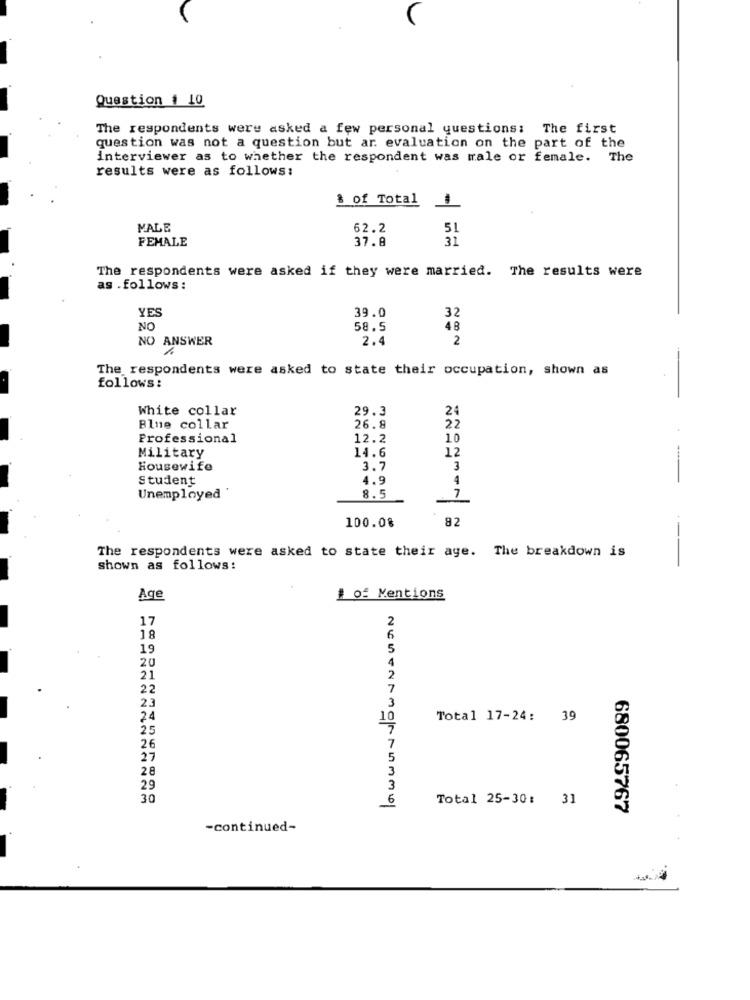
Question # 10
The respondents were asked a few personal questions: The first
question was not a question but ar evaluation on the part of the
interviewer as to whether the respondent was male or female. The
results were as follows:
& of Total
1
MALE
62.2
51
FEMALE
37.8
31
The respondents were asked if they were married. The results were
as .follows :
YES
39.0
32
NO
58.5
1 8
NO ANSWER
2.4
2
The respondents were asked to state their occupation, shown as
follows:
White collar
29.3
24
Blue collar
26.8
22
Professional
12.2
10
Military
14.6
12
Housewife
3.7
3
Student
4.9
4
-
7
Unemployed '
8.5
82
100.08
The respondents were asked to state their age. The breakdown is
---
shown as follows:
Age
1 of Mentions
17
2
18
6
19
5
20
4
21
2
22
7
2.3
3
24
10
Total 17-24: 39
25
26
7
27
28
3
29
30
Total 25-30: 31
680065767
-continued-